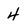
Character: 4